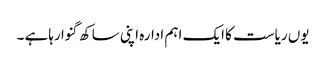
یوں ریاست کا ایک اہم ادارہ اپنی ساکھ گنوا رہاہے ۔